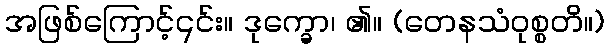
အဖြစ်ကြောင့်၎င်း။ ဒုက္ခော၊ ၏။ (တေနသံဝုစ္စတိ။)